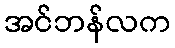
အင်ဘန်လက